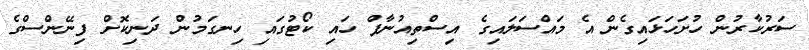
ސަރުކާރުން ހުށަހަޅައިގެން އެ މައްސަލައިގެ އިސްތިއުނާފް ހައި ކޯޓުގައި ހިނގަމުން ދަނިކޮށް ފިނޭންސްގެ